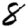
Digit: 8